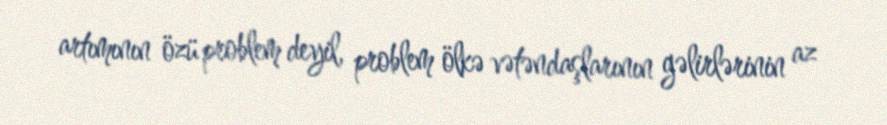
artımının özü problem deyil, problem ölkə vətəndaşlarının gəlirlərinin az